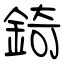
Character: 錡